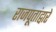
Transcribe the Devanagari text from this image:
राजपूतांद्वारे